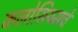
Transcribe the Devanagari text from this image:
कलोसियमचे